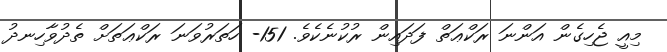
މިއީ ޖެހިގެން އަންނަ ރަކްޢަތް ފަދައިން ރުކުނެކެވެ. 151- ހަތަރުވަނަ ރަކްޢަތަށް ތެދުވާހިނދު